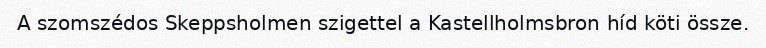
A szomszédos Skeppsholmen szigettel a Kastellholmsbron híd köti össze.